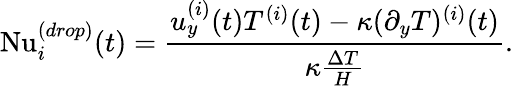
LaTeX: \mathrm{Nu}_{i}^{(drop)}(t)=\frac{u_{y}^{(i)}(t)T^{(i)}(t)-\kappa(\partial_{y}T)^{(i)}(t)}{\kappa\frac{\Delta T}{H}}.